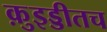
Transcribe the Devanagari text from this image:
क़ुइड्डीतच